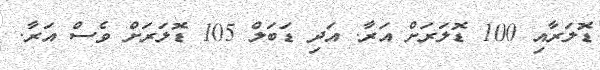
ޑޮލަރާއި 100 ޑޮލަރަށް އަރާ. އަދި ޑަބަލް 105 ޑޮލަރަށް ވެސް އަރާ.